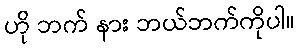
ဟို ဘက် နား ဘယ်ဘက်ကိုပါ။